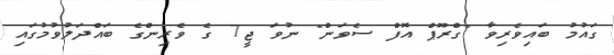
ގައުމު ބައިވެރިވާ "ގްރޫޕް އޮފް ސެވަން" ނުވަ ޖީ7 ގެ ވެރިންްގެ ބައްދަލުވުމުގައި